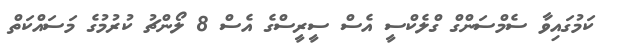
ކަމުގައިވާ ސެމްސަންގް ގްލެކްސީ އެސް ސީރީސްގެ އެސް 8 ލޯންޗު ކުރުމުގެ މަސައްކަތް